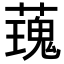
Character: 𧀐